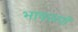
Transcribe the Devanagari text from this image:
भावरूपों